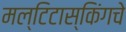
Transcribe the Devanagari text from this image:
मल्टिटास्किंगचे